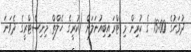
ދުވަހުގެ 15:00 ގެ ކުރިން މި ޓްރައިބިއުނަލަށް (ކުރީގެ ހެލްތް މިނިސްޓްރީގެ ދެވަނަ